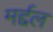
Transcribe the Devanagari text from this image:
मर्द्दल